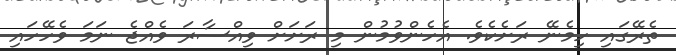
ތެރޭގައި ހިމެނޭ ރަށެކެވެ. އެހެންވުމުން މި ރަށަށް ވިއްސާރަ ވެއްޖެ ނަމަ ވެހޭހައި